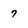
Character: 7